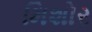
મિશોર